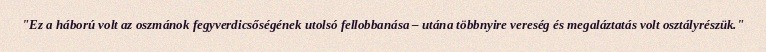
"Ez a háború volt az oszmánok fegyverdicsőségének utolsó fellobbanása – utána többnyire vereség és megaláztatás volt osztályrészük."